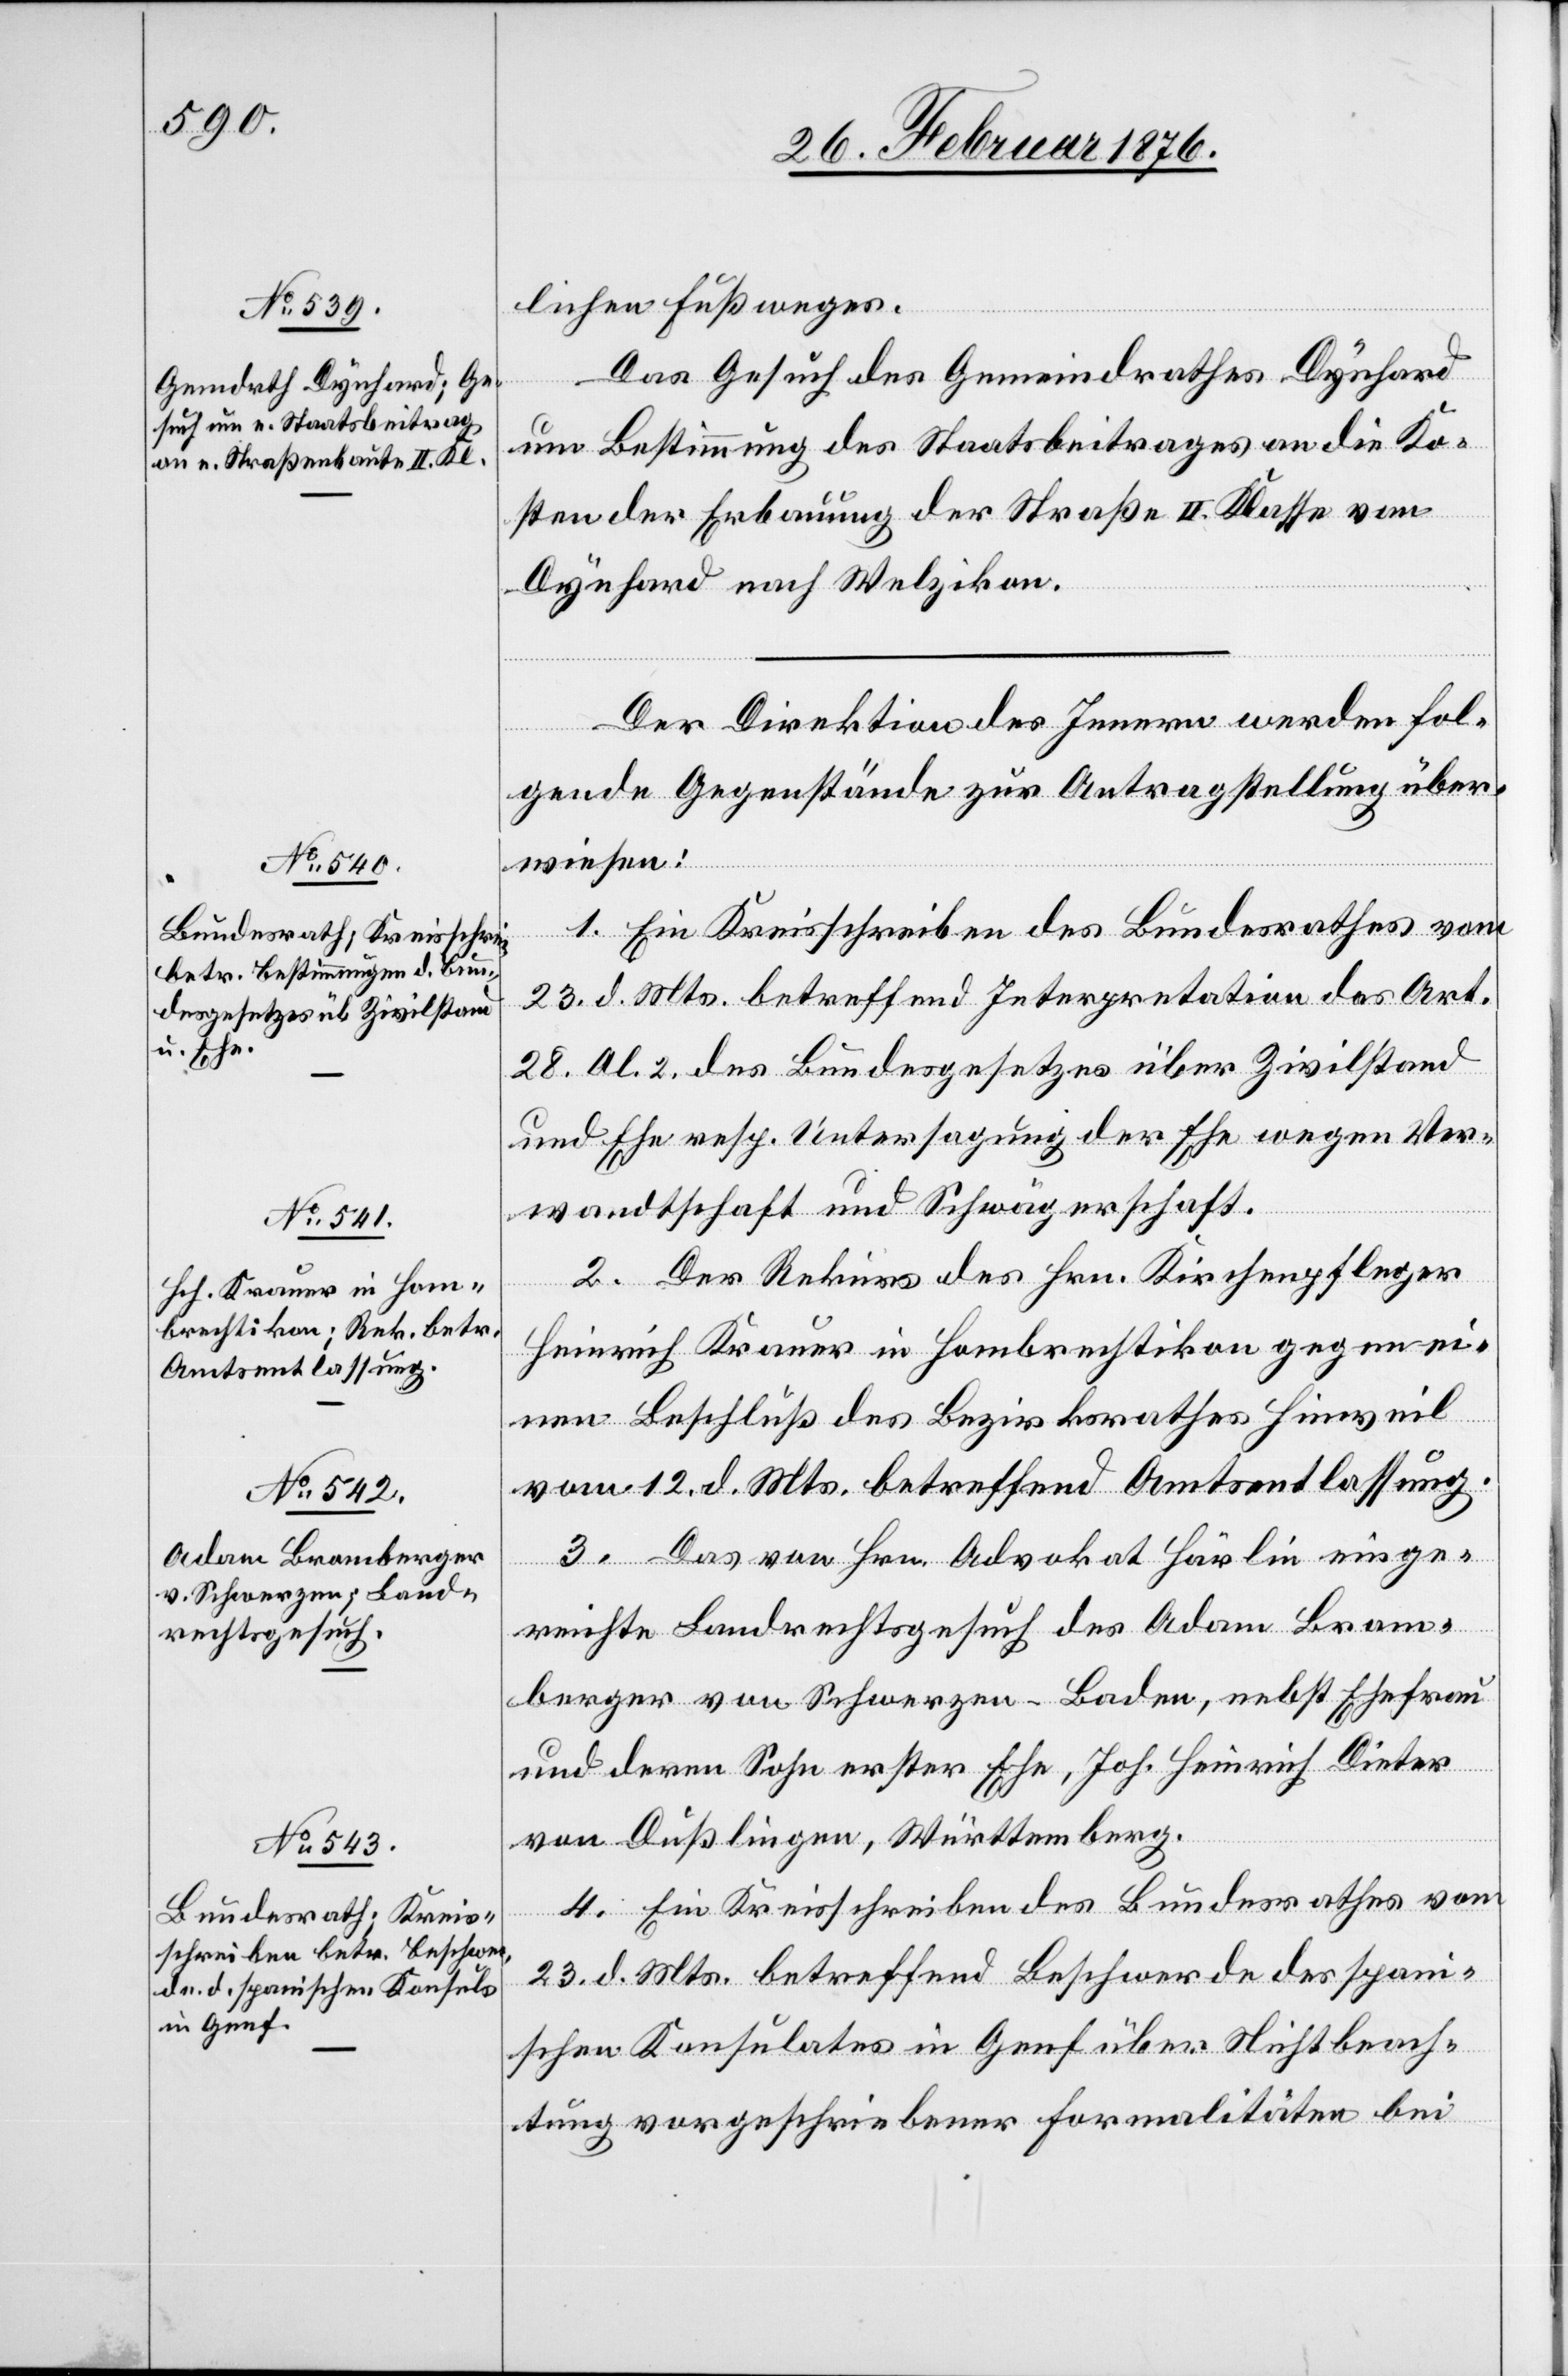
28. Februar 1876.]
lichen Fußweges.
Das Gesuch des Gemeindrathes Dynhard
um Bestimmung des Staatsbeitrages an die Ko¬
sten der Erbauung der Straße II. Klasse von
Dynhard nach Wetzikon.
Der Direktion des Innern werden fol¬
gende Gegenstände zur Antragstellung über¬
wiesen:
1. Ein Kreisschreiben des Bundesrathes vom
23. d. Mts. betreffend Integration des Art.
28 Ab. 2. des Bundesgesetzes über Zivilstand
und Ehe resp. Untersagung der Ehe wegen Ver¬
wandtschaft und Schwägerschaft.
2. Der Rekurs des Hrn. Kirchenpfleger
Heinrich Krauer in Hombrechtikon gegen ei¬
nen Beschluß des Bezirksrathes Hinweil
vom 12. d. Mts. betreffend Amtsentlassung.
3. Das von Hrn. Advokat Härlin einge¬
reichte Landrechtsgesuch des Adam Bram¬
berger von Schwerzen-Baden, nebst Ehefrau
und deren Sohn erster Ehe, Joh. Heinrich Dieter
von Dußlingen, Württemberg.
4. Ein Kreisschreiben des Bundesrathes vom
23. d. Mts. betreffend Beschwerde des spani¬
schen Konsulates in Genf über Nichtbeach¬
tung vorgeschriebener Formalitäten bei